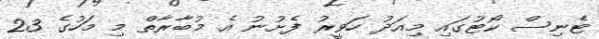
ޓެނިސް ކޯޓުގައި މިއަދު ހަވީރު ފެށުނު އެ މުބާރާތް މި މަހުގެ 23